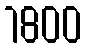
1800